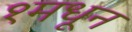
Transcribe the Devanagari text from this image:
१मधून